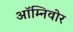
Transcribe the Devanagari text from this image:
ऑम्निवोर